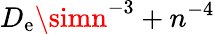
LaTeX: D_{\mathrm{e}}\simn^{-3}+n^{-4}